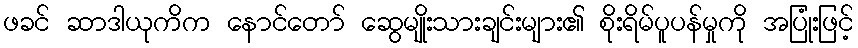
ဖခင် ဆာဒါယုကိက နောင်တော် ဆွေမျိုးသားချင်းများ၏ စိုးရိမ်ပူပန်မှုကို အပြုံးဖြင့်